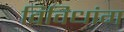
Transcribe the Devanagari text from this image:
विविधांग